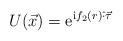
\begin{align*}U(\vec x) = {\mathrm{e}}^{\mathrm{i} f_2(r) \hat\cdot\vec\tau}\end{align*}